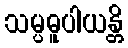
သမ္ပဓူပါယန္တိ